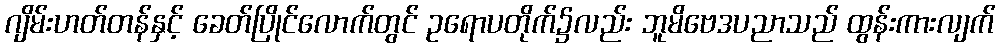
ဂျိမ်းဟတ်တန်နှင့် ခေတ်ပြိုင်လောက်တွင် ဥရောပတိုက်၌လည်း ဘူမိဗေဒပညာသည် ထွန်းကားလျက်